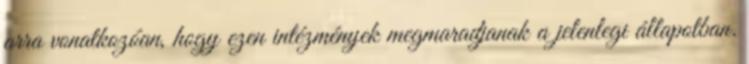
arra vonatkozóan, hogy ezen intézmények megmaradjanak a jelenlegi állapotban.